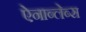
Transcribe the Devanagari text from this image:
ऐनाब्लेब्स